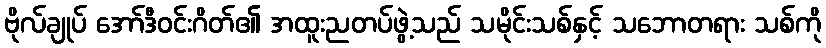
ဗိုလ်ချုပ် အော်ဒီဝင်းဂိတ်၏ အထူးညတပ်ဖွဲ့သည် သမိုင်းသစ်နှင့် သဘောတရား သစ်ကို